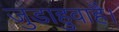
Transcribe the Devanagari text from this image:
जुडाहुवाहै।